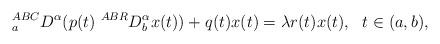
LaTeX: \begin{align*} ~~^{ABC}_{a}D^\alpha (p(t)~^{ABR}D^\alpha_b x(t))+q(t)x(t)=\lambda r(t) x(t),~~t\in (a,b),\end{align*}